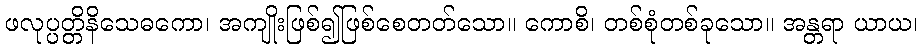
ဖလုပ္ပတ္တိနိသေဓကော၊ အကျိုးဖြစ်၍ဖြစ်စေတတ်သော။ ကောစိ၊ တစ်စုံတစ်ခုသော။ အန္တရာ ယာယ၊